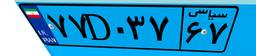
۲۵D۹۱۶۴۰